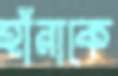
হাঁরাকে